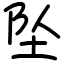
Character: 坠